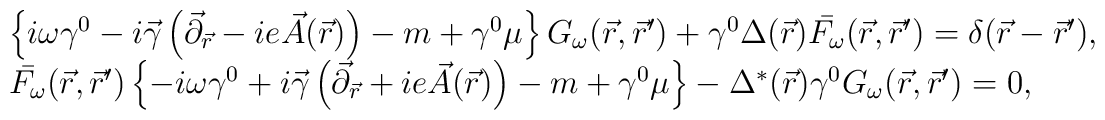
\begin{array}{l}\left\{ i\omega\gamma^{0}-i\vec{\gamma}\left(\vec{\partial}_{\vec{r}}-ie\vec{A}(\vec{r}) \right)-m +\gamma^{0}\mu \right\}G_{\omega}(\vec{r},\vec{r}')+\gamma^{0}\Delta(\vec{r})\bar{F_{\omega}}(\vec{r},\vec{r}')=\delta (\vec{r}-\vec{r}'), \\ \bar{F_{\omega}}(\vec{r},\vec{r}')\left\{ -i\omega\gamma^{0}+i\vec{\gamma}\left(\vec{\partial}_{\vec{r}}+ie\vec{A}(\vec{r}) \right)-m +\gamma^{0}\mu \right\}-\Delta^{*}(\vec{r})\gamma^{0}G_{\omega}(\vec{r},\vec{r}')=0,\end{array}